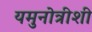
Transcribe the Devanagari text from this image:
यमुनोत्रीशी